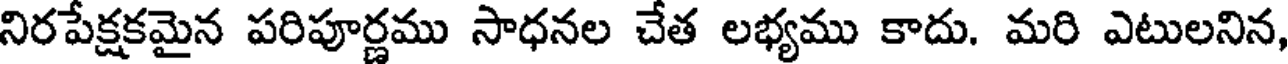
నిరపేక్షకమైన పరిపూర్ణము సాధనల చేత లభ్యము కాదు. మరి ఎటులనిన,